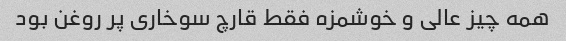
همه چیز عالی و خوشمزه فقط قارچ سوخاری پر روغن بود